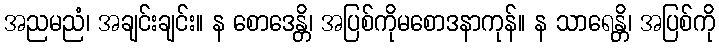
အညမညံ၊ အချင်းချင်း။ န စောဒေန္တိ၊ အပြစ်ကိုမစောဒနာကုန်။ န သာရေန္တိ၊ အပြစ်ကို